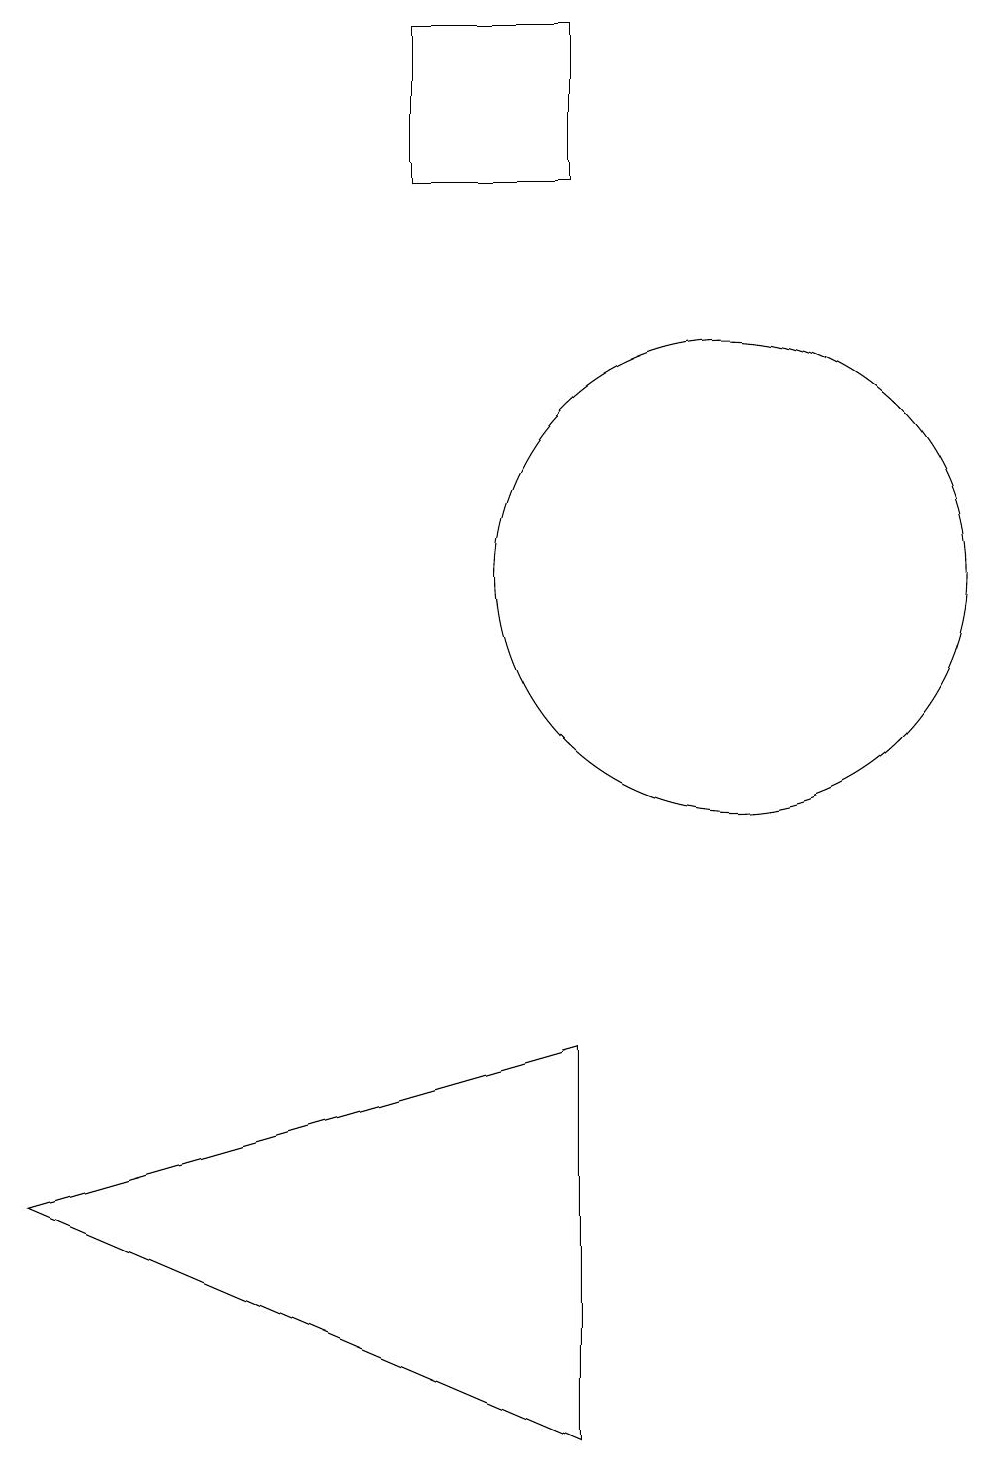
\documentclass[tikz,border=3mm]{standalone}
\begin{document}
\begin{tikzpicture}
\draw (7,16) rectangle (9,18);
\draw (9,0) -- (2,3) -- (9,5) -- cycle;
\draw (11,11) circle (3);
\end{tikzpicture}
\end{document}